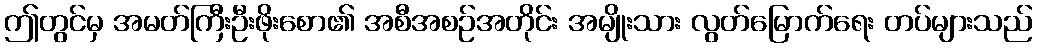
ဤတွင်မှ အမတ်ကြီးဦးဖိုးစော၏ အစီအစဉ်အတိုင်း အမျိုးသား လွတ်မြောက်ရေး တပ်များသည်